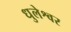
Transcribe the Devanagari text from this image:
धुलेश्वर